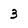
Character: 3